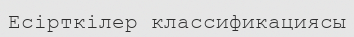
Есірткілер классификациясы